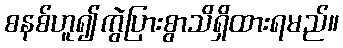
စနစ်ဟူ၍ကွဲပြားစွာသိရှိထားရမည်။